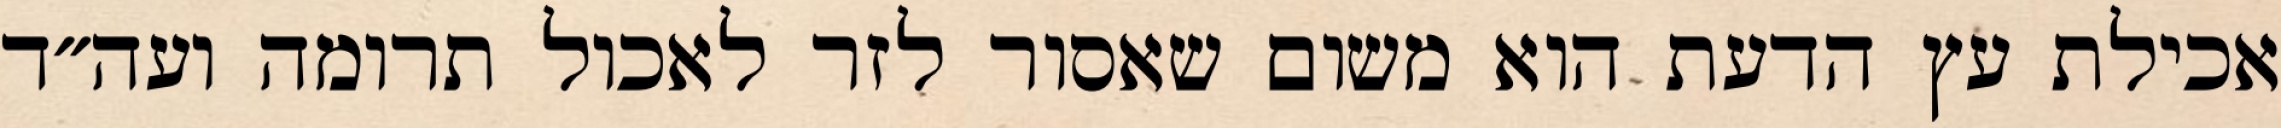
אכילת עץ הדעת הוא משום שאסור לזר לאכול תרומה ועה״ד